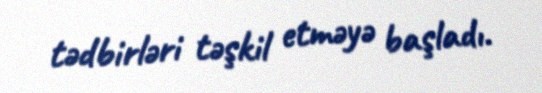
tədbirləri təşkil etməyə başladı.